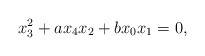
\begin{align*}x_3^2+ax_4x_2+bx_0x_1=0,\end{align*}